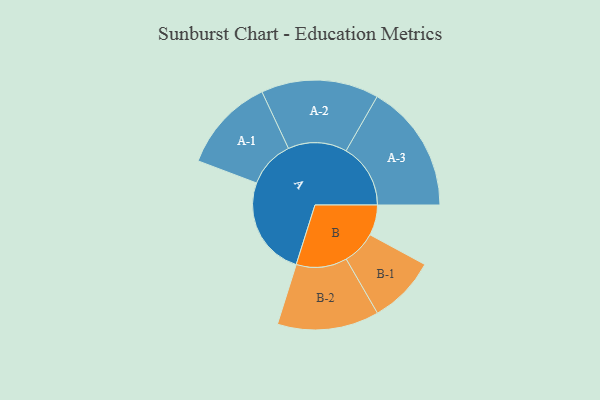
{"axis": {"x": "Segment", "y": "Value"}, "legend": ["", "A", "B"], "data": [{"x": "A", "y": 390, "type": ""}, {"x": "B", "y": 119, "type": ""}, {"x": "A-1", "y": 185, "type": "A"}, {"x": "A-2", "y": 230, "type": "A"}, {"x": "A-3", "y": 252, "type": "A"}, {"x": "B-1", "y": 132, "type": "B"}, {"x": "B-2", "y": 199, "type": "B"}]}